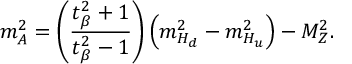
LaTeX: m _ { A } ^ { 2 } = \left( \frac { t _ { \beta } ^ { 2 } + 1 } { t _ { \beta } ^ { 2 } - 1 } \right) \left( m _ { H _ { d } } ^ { 2 } - m _ { H _ { u } } ^ { 2 } \right) - M _ { Z } ^ { 2 } .